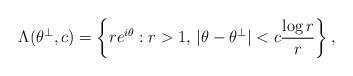
LaTeX: \begin{align*}\Lambda(\theta^\bot,c)=\left\{re^{i\theta}: r>1,\, |\theta-\theta^\bot|<c\frac{\log r}{r}\right\},\end{align*}